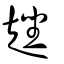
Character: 趖